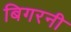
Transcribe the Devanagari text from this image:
बिगरनी